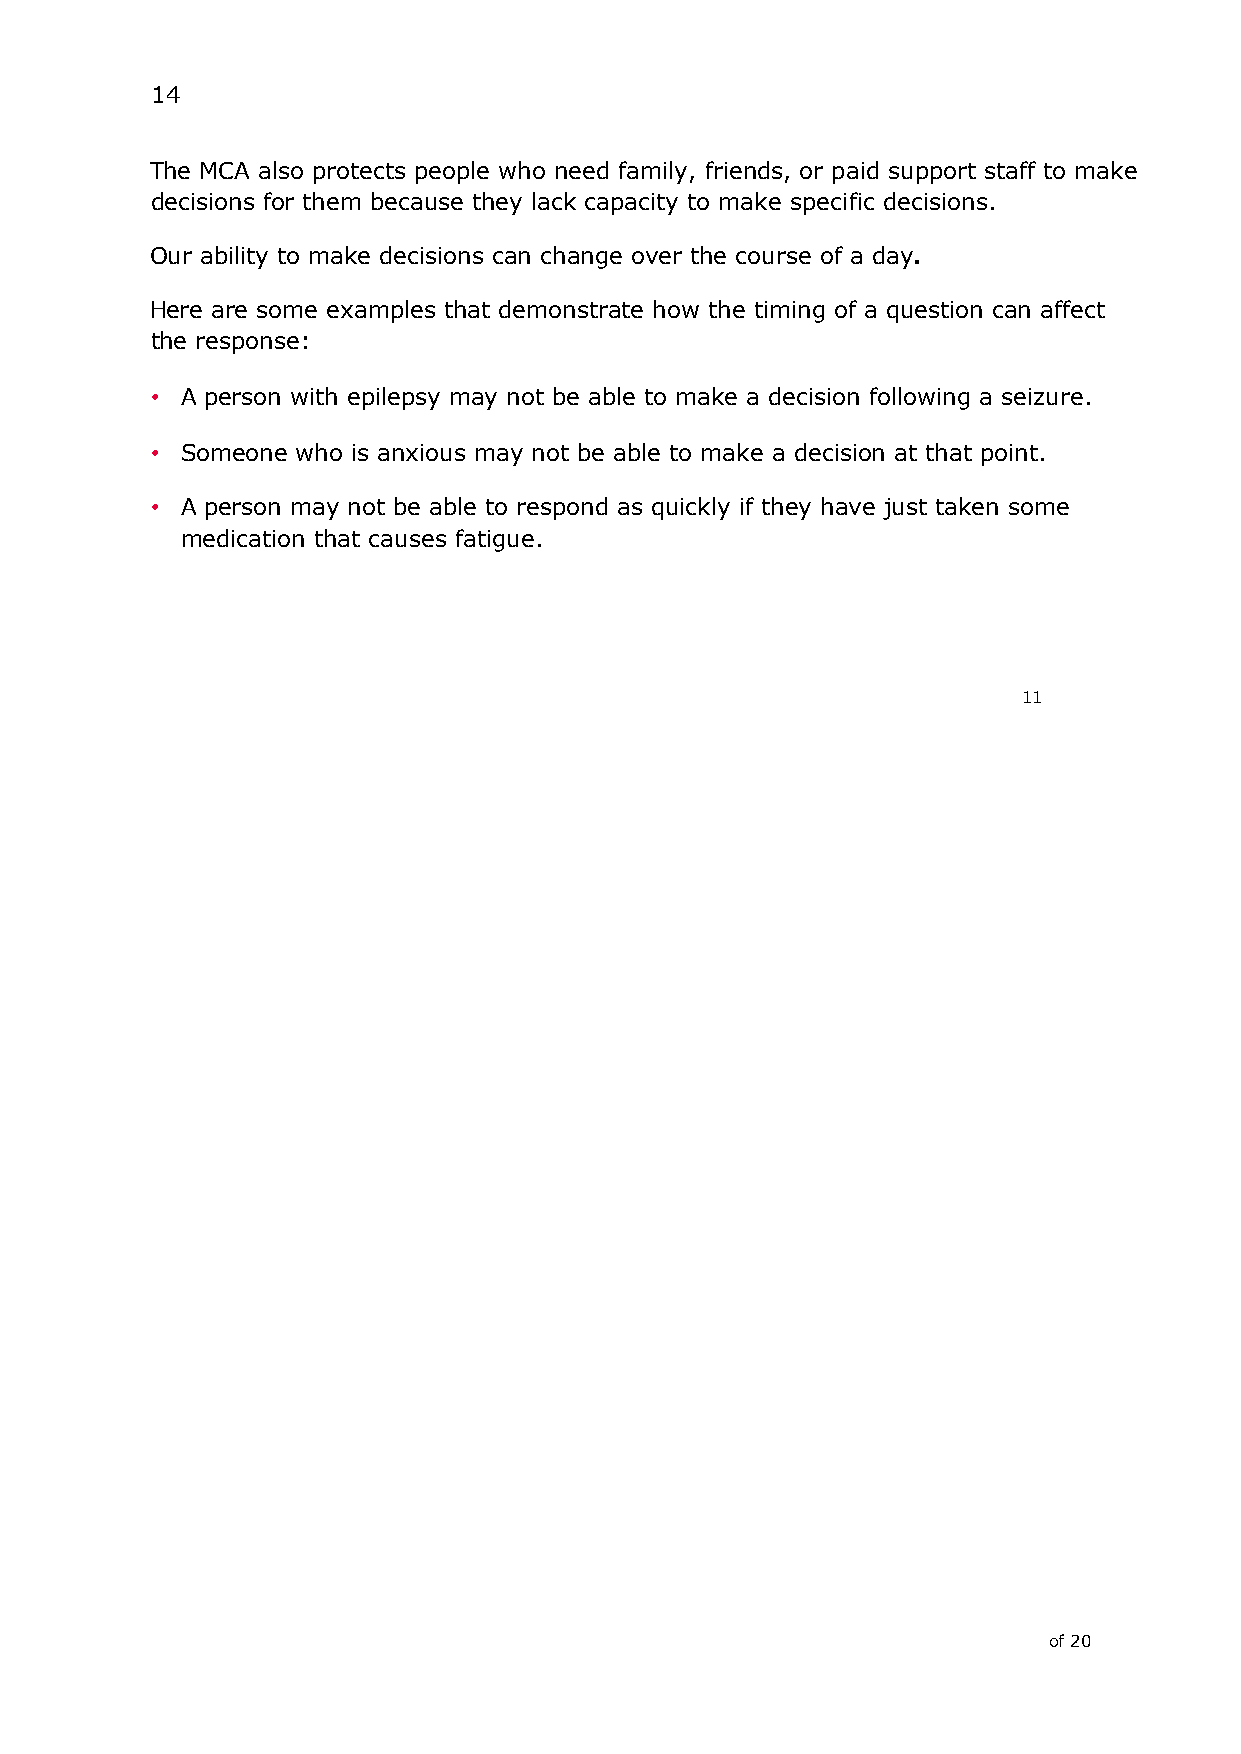
14
 The MCA also protects people who need family, friends, or paid support staff to make
 decisions for them because they lack capacity to make specific decisions.
 Our ability to make decisions can change over the course of a day.
 Here are some examples that demonstrate how the timing of a question can affect
 the response:
 • A person with epilepsy may not be able to make a decision following a seizure.
 • Someone who is anxious may not be able to make a decision at that point.
 • A person may not be able to respond as quickly if they have just taken some
 medication that causes fatigue.
 11
 of 20